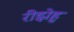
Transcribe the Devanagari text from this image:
रीझेहु